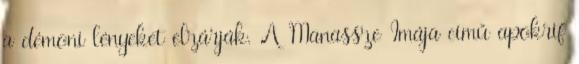
a démoni lényeket elzárják. A Manassze Imája című apokrif